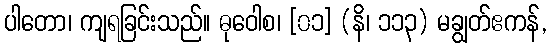
ပါတော၊ ကျရခြင်းသည်။ ဓုဝေါစ၊ [၀၁] (နိ၊ ၁၁၃) မချွတ်ဧကန်,